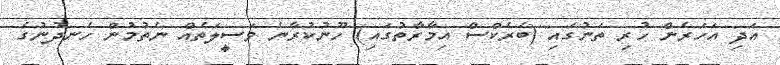
އަދި އަަހަރެން ހުރި ތަނުގައި (ބެރެކްސް އިމާރާތުގައި) ހޫނުކުރާނެ ވަސީލަތެއް ނެތުމުން ހެނދުނުގެ